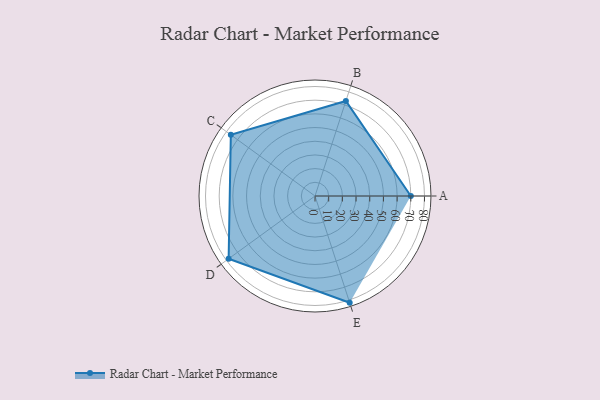
{"axis": {"x": "Skill", "y": "Score"}, "legend": ["Profile"], "data": [{"x": "A", "y": 70.0, "type": "Profile"}, {"x": "B", "y": 73.0, "type": "Profile"}, {"x": "C", "y": 76.0, "type": "Profile"}, {"x": "D", "y": 78.0, "type": "Profile"}, {"x": "E", "y": 82.0, "type": "Profile"}]}